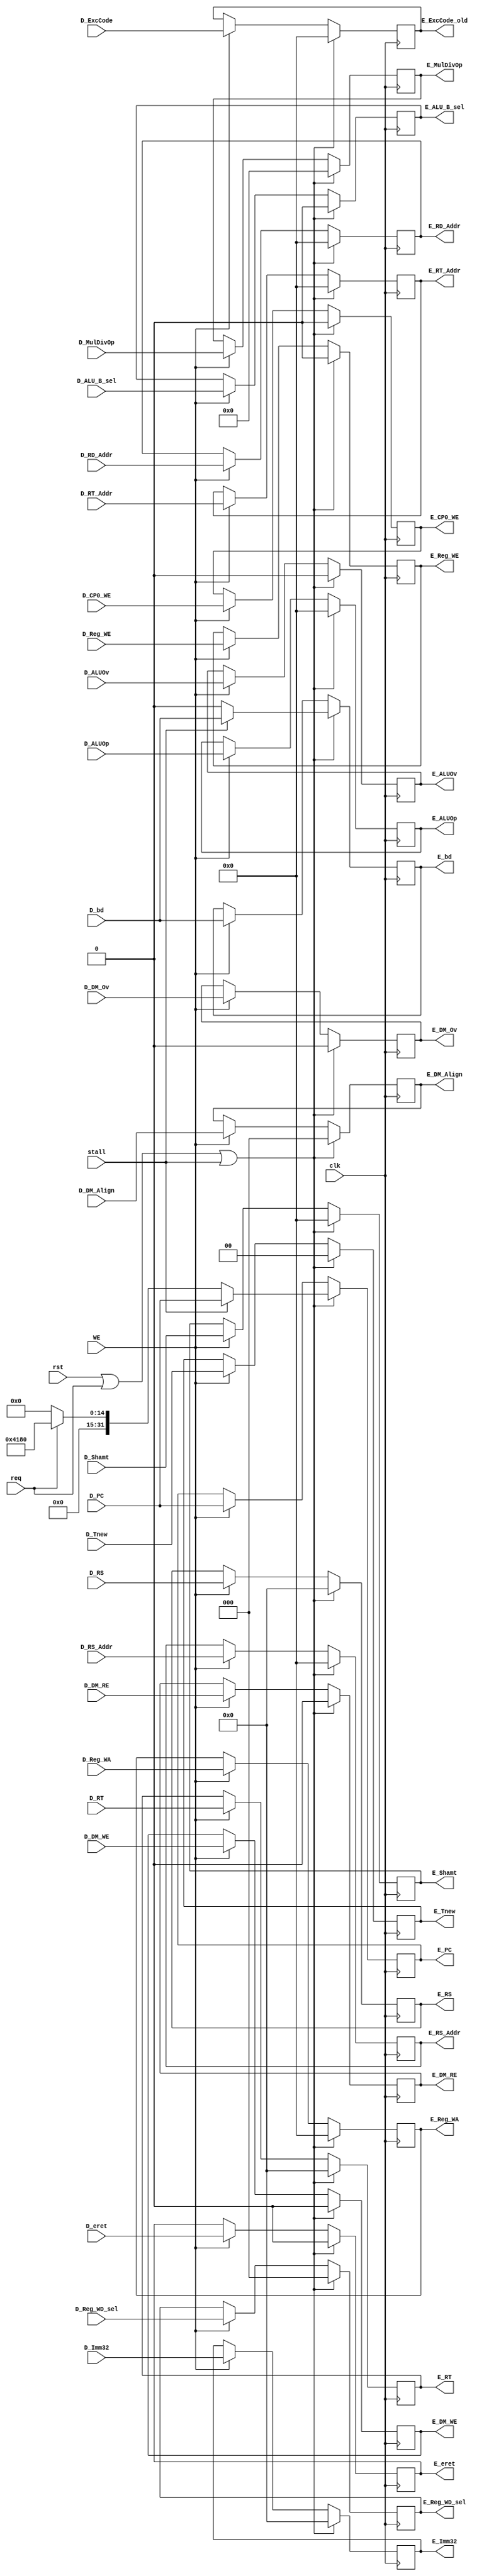
module E_Reg (
    input wire stall,
    input wire req,
    
    input wire D_ALUOv,
    input wire D_DM_Ov,
    input wire [4:0] D_ExcCode,
    input wire D_bd,

    output reg E_ALUOv,
    output reg E_DM_Ov,
    output reg [4:0] E_ExcCode_old,
    output reg E_bd,

    input wire D_DM_RE,
    output reg E_DM_RE,

    input wire clk,
    input wire rst,
    input wire WE,

    input wire [31:0] D_PC,
    input wire [1:0] D_Tnew,

    input wire [4:0] D_RS_Addr,
    input wire [31:0] D_RS,
    input wire [31:0] D_Imm32,
    input wire [4:0] D_Shamt,
    input wire D_ALU_B_sel,
    input wire [4:0] D_ALUOp,
    input wire [3:0] D_MulDivOp,

    input wire [4:0] D_RT_Addr,
    input wire [4:0] D_RD_Addr,
    input wire [31:0] D_RT,
    input wire D_DM_WE,
    input wire [2:0] D_DM_Align,
    input wire D_CP0_WE,
    input wire D_eret,

    input wire D_Reg_WE,
    input wire [4:0] D_Reg_WA,
    input wire [2:0] D_Reg_WD_sel,

    output reg [31:0] E_PC,
    output reg [1:0] E_Tnew,

    output reg [4:0] E_RS_Addr,
    output reg [31:0] E_RS,
    output reg [31:0] E_Imm32,
    output reg [4:0] E_Shamt,
    output reg E_ALU_B_sel,
    output reg [4:0] E_ALUOp,
    output reg [3:0] E_MulDivOp,

    output reg [4:0] E_RT_Addr,
    output reg [4:0] E_RD_Addr,
    output reg [31:0] E_RT,
    output reg E_DM_WE,
    output reg [2:0] E_DM_Align,
    output reg E_CP0_WE,
    output reg E_eret,

    output reg E_Reg_WE,
    output reg [4:0] E_Reg_WA,
    output reg [2:0] E_Reg_WD_sel
);
    always @(posedge clk) begin
        if (rst || req || stall) begin 
            E_ALUOv <= 0;
            E_DM_Ov <= 0;
            E_ExcCode_old <= 0;
            E_bd <= stall ? D_bd : 0;
            E_DM_RE <= 0;

            E_PC <= stall ? D_PC : (req ? 32'h00004180 : 0);
            E_Tnew <= 0;
            E_RS_Addr <= 0;
            E_RS <= 0;
            E_Imm32 <= 0;
            E_Shamt <= 0;
            E_ALU_B_sel <= 0;
            E_ALUOp <= 0;
            E_MulDivOp <= 0;
            E_RT_Addr <= 0;
            E_RD_Addr <= 0;
            E_RT <= 0;
            E_DM_WE <= 0;
            E_DM_Align <= 0;
            E_CP0_WE <= 0;
            E_eret <= 0;
            E_Reg_WE <= 0;
            E_Reg_WA <= 0;
            E_Reg_WD_sel <= 0;
        end
        else if (WE) begin
            E_ALUOv <= D_ALUOv;
            E_DM_Ov <= D_DM_Ov;
            E_ExcCode_old <= D_ExcCode;
            E_bd <= D_bd;
            E_DM_RE <= D_DM_RE;

            E_PC <= D_PC;
            E_Tnew <= D_Tnew;
            E_RS_Addr <= D_RS_Addr;
            E_RS <= D_RS;
            E_Imm32 <= D_Imm32;
            E_Shamt <= D_Shamt;
            E_ALU_B_sel <= D_ALU_B_sel;
            E_ALUOp <= D_ALUOp;
            E_MulDivOp <= D_MulDivOp;
            E_RT_Addr <= D_RT_Addr;
            E_RD_Addr <= D_RD_Addr;
            E_RT <= D_RT;
            E_DM_WE <= D_DM_WE;
            E_DM_Align <= D_DM_Align;
            E_CP0_WE <= D_CP0_WE;
            E_eret <= D_eret;
            E_Reg_WE <= D_Reg_WE;
            E_Reg_WA <= D_Reg_WA;
            E_Reg_WD_sel <= D_Reg_WD_sel;
        end
    end  
endmodule